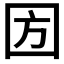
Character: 𡇅